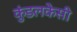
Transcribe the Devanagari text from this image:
कुंडलकेसी